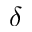
\delta